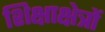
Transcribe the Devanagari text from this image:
शिक्षाक्षेत्रों